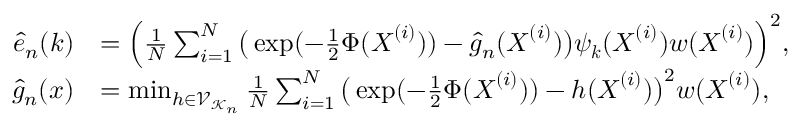
\begin{array} { r l } { \hat { e } _ { n } ( { \boldsymbol k } ) } & { = \Big ( \frac { 1 } { N } \sum _ { i = 1 } ^ { N } \big ( \exp ( - { \textstyle \frac 1 2 } \Phi ( { \boldsymbol X } ^ { ( i ) } ) ) - \hat { g } _ { n } ( { \boldsymbol X } ^ { ( i ) } ) \big ) \psi _ { \boldsymbol k } ( { \boldsymbol X } ^ { ( i ) } ) w ( { \boldsymbol X } ^ { ( i ) } ) \Big ) ^ { 2 } , } \\ { \hat { g } _ { n } ( { \boldsymbol x } ) } & { = \operatorname* { m i n } _ { h \in \mathcal { V } _ { \mathcal { K } _ { n } } } \frac { 1 } { N } \sum _ { i = 1 } ^ { N } \big ( \exp ( - { \textstyle \frac 1 2 } \Phi ( { \boldsymbol X } ^ { ( i ) } ) ) - h ( { \boldsymbol X } ^ { ( i ) } ) \big ) ^ { 2 } w ( { \boldsymbol X } ^ { ( i ) } ) , } \end{array}